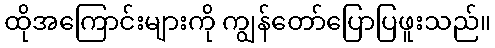
ထိုအကြောင်းများကို ကျွန်တော်ပြောပြဖူးသည်။